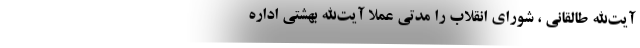
آیت‌الله طالقانی ، شورای انقلاب را مدتی عملا آیت‌الله بهشتی اداره